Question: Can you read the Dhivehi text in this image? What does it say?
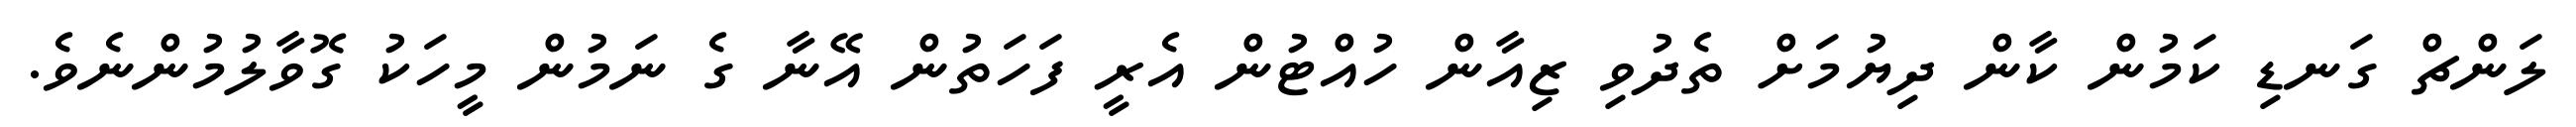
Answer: ލަންޗް ގަނޑި ކަމުން ކާން ދިޔުމަށް ތެދުވި ޒިއާން ހުއްޓުން އެރީ ފަހަތުން އޭނާ ގެ ނަމުން މީހަކު ގޮވާލުމުންނެވެ.